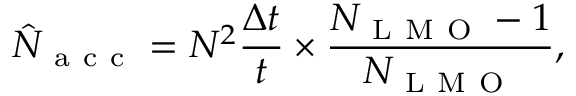
\hat { N } _ { \mathrm { ~ a ~ c ~ c ~ } } = N ^ { 2 } \frac { \Delta t } { t } \times \frac { N _ { \mathrm { ~ L ~ M ~ O ~ } } - 1 } { N _ { \mathrm { ~ L ~ M ~ O ~ } } } ,